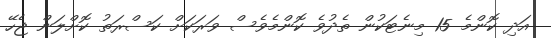
އަދި ކޮންމެ 15 މިނެޓަކުން ތެދުވެ ކޮންމެވެސް ވަރަކަށް ކަސްރަތު ކޮށްލަން ޖެހޭ